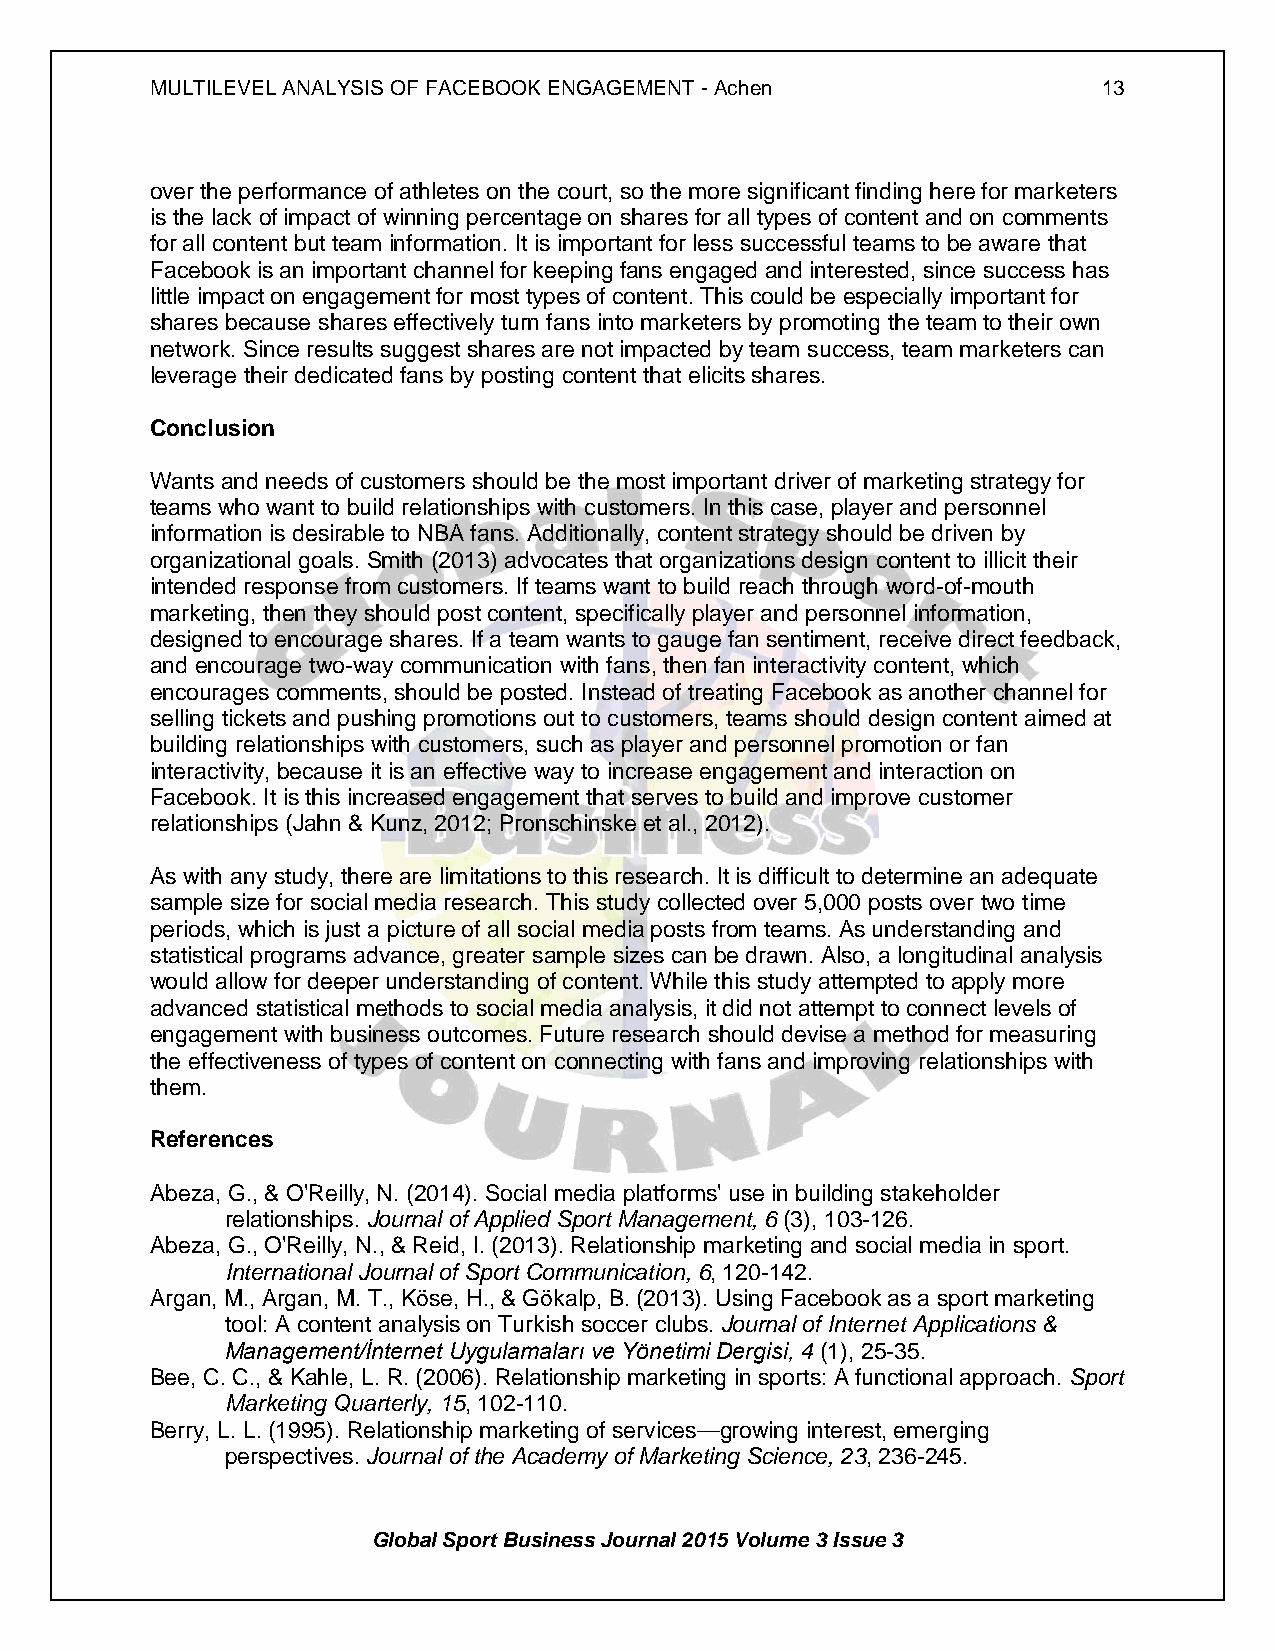
MULTILEVEL ANALYSIS OF FACEBOOK ENGAGEMENT - Achen             13
 over the performance of athletes on the court, so the more significant finding here for marketers
 is the lack of impact of winning percentage on shares for all types of content and on comments
 for all content but team information. It is important for less successful teams to be aware that
 Facebook is an important channel for keeping fans engaged and interested, since success has
 little impact on engagement for most types of content. This could be especially important for
 shares because shares effectively turn fans into marketers by promoting the team to their own
 network. Since results suggest shares are not impacted by team success, team marketers can
 leverage their dedicated fans by posting content that elicits shares.
 Conclusion
 Wants and needs of customers should be the most important driver of marketing strategy for
 teams who want to build relationships with customers. In this case, player and personnel
 information is desirable to NBA fans. Additionally, content strategy should be driven by
 organizational goals. Smith (2013) advocates that organizations design content to illicit their
 intended response from customers. If teams want to build reach through word-of-mouth
 marketing, then they should post content, specifically player and personnel information,
 designed to encourage shares. If a team wants to gauge fan sentiment, receive direct feedback,
 and encourage two-way communication with fans, then fan interactivity content, which
 encourages comments, should be posted. Instead of treating Facebook as another channel for
 selling tickets and pushing promotions out to customers, teams should design content aimed at
 building relationships with customers, such as player and personnel promotion or fan
 interactivity, because it is an effective way to increase engagement and interaction on
 Facebook. It is this increased engagement that serves to build and improve customer
 relationships (Jahn & Kunz, 2012; Pronschinske et al., 2012).
 As with any study, there are limitations to this research. It is difficult to determine an adequate
 sample size for social media research. This study collected over 5,000 posts over two time
 periods, which is just a picture of all social media posts from teams. As understanding and
 statistical programs advance, greater sample sizes can be drawn. Also, a longitudinal analysis
 would allow for deeper understanding of content. While this study attempted to apply more
 advanced statistical methods to social media analysis, it did not attempt to connect levels of
 engagement with business outcomes. Future research should devise a method for measuring
 the effectiveness of types of content on connecting with fans and improving relationships with
 them.
 References
 Abeza, G., & O'Reilly, N. (2014). Social media platforms' use in building stakeholder
 relationships. Journal of Applied Sport Management, 6 (3), 103-126.
 Abeza, G., O'Reilly, N., & Reid, I. (2013). Relationship marketing and social media in sport.
 International Journal of Sport Communication, 6, 120-142.
 Argan, M., Argan, M. T., Köse, H., & Gökalp, B. (2013). Using Facebook as a sport marketing
 tool: A content analysis on Turkish soccer clubs. Journal of Internet Applications &
 Management/İnternet Uygulamaları ve Yönetimi Dergisi, 4 (1), 25-35.
 Bee, C. C., & Kahle, L. R. (2006). Relationship marketing in sports: A functional approach. Sport
 Marketing Quarterly, 15, 102-110.
 Berry, L. L. (1995). Relationship marketing of services—growing interest, emerging
 perspectives. Journal of the Academy of Marketing Science, 23, 236-245.
 Global Sport Business Journal 2015 Volume 3 Issue 3